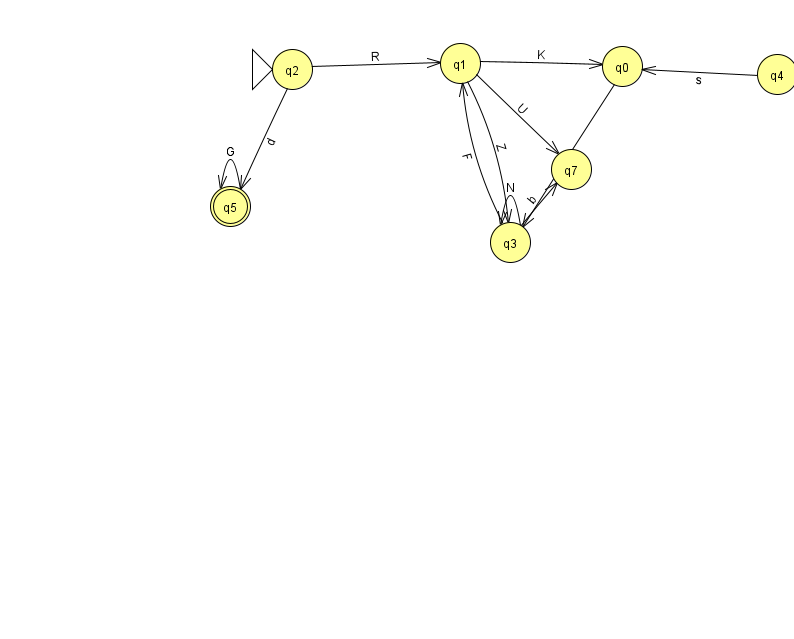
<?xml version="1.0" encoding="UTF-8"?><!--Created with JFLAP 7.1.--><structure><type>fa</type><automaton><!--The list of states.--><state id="0" name="q0"><x>622.0</x><y>53.0</y></state><state id="1" name="q1"><x>460.0</x><y>50.0</y></state><state id="2" name="q2"><x>292.0</x><y>56.0</y><initial/></state><state id="3" name="q3"><x>510.0</x><y>229.0</y></state><state id="4" name="q4"><x>777.0</x><y>61.0</y></state><state id="5" name="q5"><x>230.0</x><y>193.0</y><final/></state><state id="7" name="q7"><x>571.0</x><y>156.0</y></state><!--The list of transitions.--><transition><from>3</from><to>1</to><read>F</read></transition><transition><from>3</from><to>7</to><read>b</read></transition><transition><from>1</from><to>7</to><read>U</read></transition><transition><from>0</from><to>3</to><read>w</read></transition><transition><from>2</from><to>1</to><read>R</read></transition><transition><from>5</from><to>5</to><read>G</read></transition><transition><from>1</from><to>3</to><read>Z</read></transition><transition><from>2</from><to>5</to><read>d</read></transition><transition><from>3</from><to>3</to><read>N</read></transition><transition><from>4</from><to>0</to><read>s</read></transition><transition><from>1</from><to>0</to><read>K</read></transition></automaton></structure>